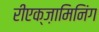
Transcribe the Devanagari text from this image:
रीएक्ज़ामिनिंग